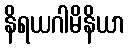
နိရယဂါမိနိယာ